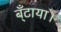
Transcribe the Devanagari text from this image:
ब्ँटाया।